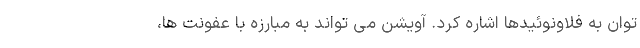
توان به فلاونوئیدها اشاره کرد. آویشن می تواند به مبارزه با عفونت ها،